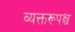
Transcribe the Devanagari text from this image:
व्यक्तरूपश्च